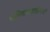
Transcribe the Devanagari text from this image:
भक्तिचळवळींमध्ये